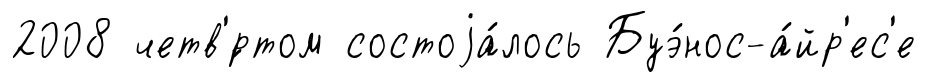
2008 четв'́ртом состоjа́лось Буэ́нос-а́йр'ес'е